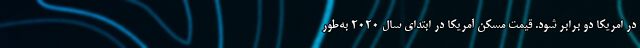
در امریکا دو برابر شود. قیمت مسکن آمریکا در ابتدای سال ۲۰۲۰ به‌طور